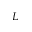
_ L